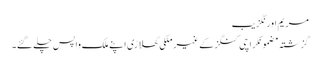
مریم اورنگزیب
گزشتہ مضمونکراچی کنگز کے غیر ملکی کھلاڑی اپنے ملک واپس چلے گئے۔